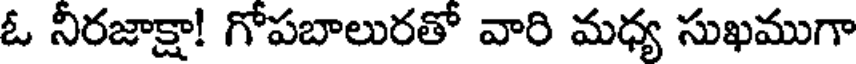
ఓ నిరజాక్షా! గోపబాలురతో వారి మధ్య సుఖముగా